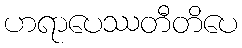
ဟရာပေဿတီတိပေ